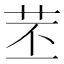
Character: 苤